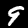
Digit: 9